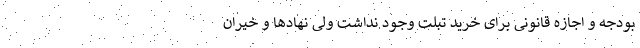
بودجه و اجازه قانونی برای خرید تبلت وجود نداشت ولی نهادها و خیران